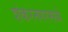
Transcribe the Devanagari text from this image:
शंकरनगरमध्ये